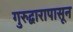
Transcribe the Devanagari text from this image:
गुरुद्वारापासून